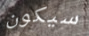
سيكون